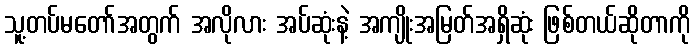
သူ့တပ်မတော်အတွက် အလိုလား အပ်ဆုံးနဲ့ အကျိုးအမြတ်အရှိဆုံး ဖြစ်တယ်ဆိုတာကို